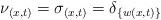
LaTeX: \begin{align*}\nu_{(x,t)} = \sigma_{(x,t)} = \delta_{\{w(x,t)\}}\end{align*}